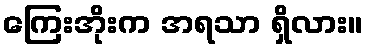
ကြေးအိုးက အရသာ ရှိလား။